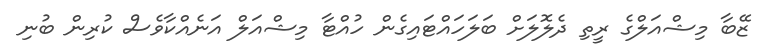
ޒޭބާ މިޝްއަލްގެ ރީތި ދެލޮލަށް ބަލަހައްޓައިގެން ހުއްޓާ މިޝްއަލް އަނެއްކާވެސް ކުރިން ބުނި